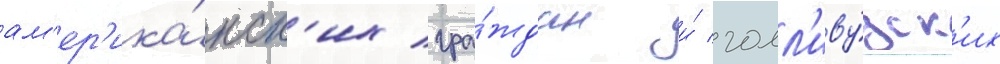
ам'ер'ика́нск'их гра́ждан и́ голл'иву́дск'их